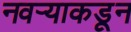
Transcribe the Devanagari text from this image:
नवऱ्याकडून